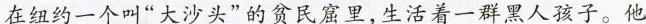
在纽约一个叫“大沙头”的贫民窟里，生活着一群黑人孩子。他